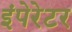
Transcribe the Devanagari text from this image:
इंपेरेटर